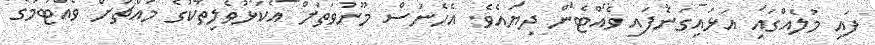
ފައި މުލެއްގައި އަޅައިގަނެފައި ވެއްޓެން ދިޔައެވެ. އެހެނަސް މޫނުވަތަށް އެކަޅުވެލިތަކުގެ މައްޗަށް ވެއްޓުމުގެ